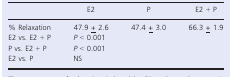
<table><thead><tr><td></td><td><b>E2</b></td><td><b>P</b></td><td><b>E2 + P</b></td></tr></thead><tbody><tr><td>% Relaxation</td><td>47.9 <underline>+</underline> 2.6</td><td>47.4 <underline>+</underline> 3.0</td><td>66.3 <underline>+</underline> 1.9</td></tr><tr><td>E2 vs. E2 + P</td><td><i>P</i> &lt; 0.001</td><td></td><td></td></tr><tr><td>P vs. E2 + P</td><td><i>P</i> &lt; 0.001</td><td></td><td></td></tr><tr><td>E2 vs. P</td><td>NS</td><td></td><td></td></tr></tbody></table>